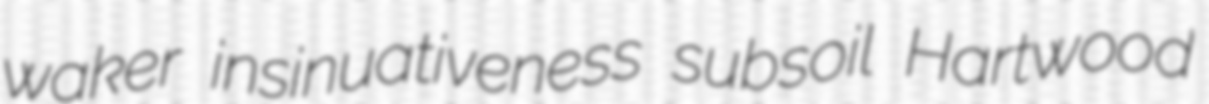
waker insinuativeness subsoil Hartwood